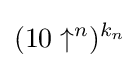
(10\uparrow ^{n})^{k_{n}}